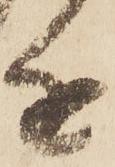
近